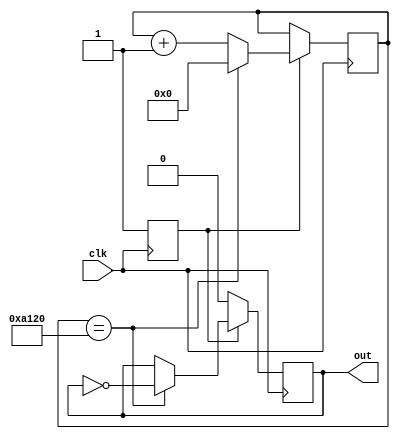
`timescale 1ns / 1ps
//////////////////////////////////////////////////////////////////////////////////
// Company: 
// Engineer: 
// 
// Design Name: 
// Module Name: time
// Project Name: 
// Target Devices: 
// Tool Versions: 
// Description: 
// 
// Dependencies: 
// 
// Revision:
// Revision 0.01 - File Created
// Additional Comments:
// 
//////////////////////////////////////////////////////////////////////////////////
// 
// clk
// out
module clock_divider(
    input      clk,
    output reg out
    );
    reg [15:0] cnt = 0;
    reg tag = 1'b0;
    always @ (posedge clk) begin
        if(tag == 1'b0) begin
            out = 1'b0;
            tag = 1'b1;
        end
        else begin
            if(cnt == 16'b1010_0001_0010_0000) begin //27'b101_1111_0101_1110_0001_0000_0000
                out = ~out;
                cnt = 0;
            end
            else begin
                cnt = cnt+1'b1;
            end
        end
    end
endmodule